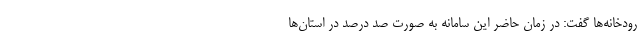
رودخانه‌ها گفت: در زمان حاضر این سامانه به صورت صد درصد در استان‌ها